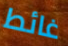
غائط